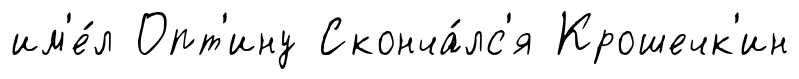
им'е́л Опт'ину Сконча́лс'я Крошечк'ин